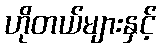
ဟိုတယ်များနှင့်